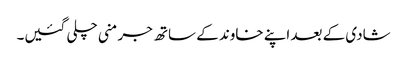
شادی کے بعد اپنے خاوند کے ساتھ جرمنی چلی گئیں۔